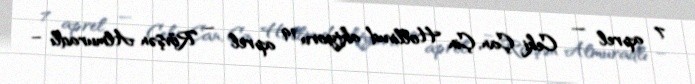
7 aprel — Ceki Çan, Çin Hollivud aktyoru 19 aprel – Rövşən Almuradlı –